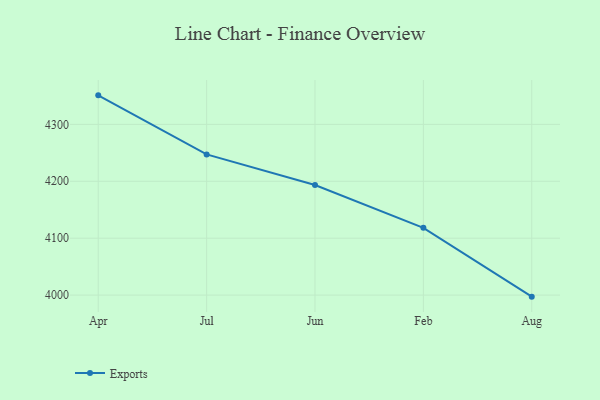
{"axis": {"x": "Month", "y": "Net Income (USD K)"}, "legend": ["Exports"], "data": [{"x": "Apr", "y": 4351.0, "type": "Exports"}, {"x": "Jul", "y": 4247.2, "type": "Exports"}, {"x": "Jun", "y": 4193.4, "type": "Exports"}, {"x": "Feb", "y": 4118.2, "type": "Exports"}, {"x": "Aug", "y": 3997.3, "type": "Exports"}]}